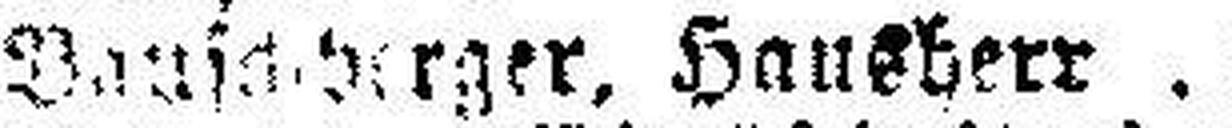
Bauschperger, Hausherr